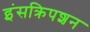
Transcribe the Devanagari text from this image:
इंसक्रिपशन